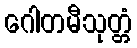
ဂေါတမီသုတ္တံ